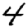
Digit: 4